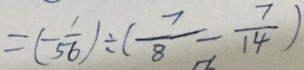
= ( - \frac { 1 } { 5 6 } ) \div ( \frac { 7 } { 8 } - \frac { 7 } { 1 4 } )